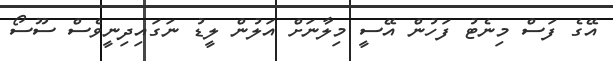
އޭގެ ފަސް މިނެޓު ފަހުން އޭސީ މިލާނަށް އަލުން ލީޑު ނަގައިދިނީވެސް ސޫސޯ